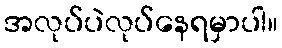
အလုပ်ပဲလုပ်နေရမှာပါ။